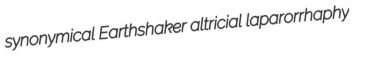
synonymical Earthshaker altricial laparorrhaphy